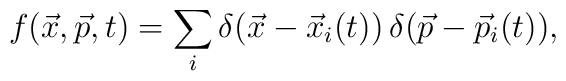
f(\vec x, \vec p, t) = \sum_i   \delta(\vec x - {\vec x}_i(t))\,   \delta(\vec p - {\vec p}_i(t)),